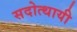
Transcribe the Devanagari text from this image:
सदोत्थायी